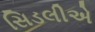
સિડલીએ